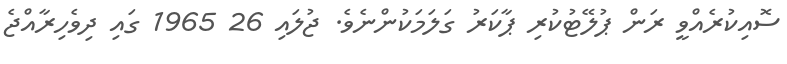
ސޮއިކުރެއްވީ ރަން ޕުލޭޓުކުރި ޕާކަރު ގަލަމަކުންނެވެ. ޖުލައި 26 1965 ގައި ދިވެހިރާއްޖެ